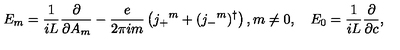
E _ { m } = \frac { 1 } { i L } \frac { \partial } { \partial A _ { m } } - \frac { e } { 2 \pi i m } \left( j _ { + } { } ^ { m } + ( j _ { - } { } ^ { m } ) ^ { \dagger } \right) , m \neq 0 , \quad E _ { 0 } = \frac { 1 } { i L } \frac { \partial } { \partial c } ,